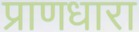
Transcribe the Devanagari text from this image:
प्राणधारा